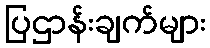
ပြဌာန်းချက်များ